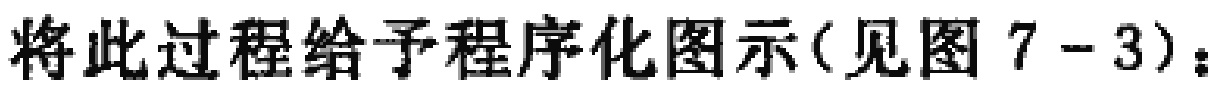
将此过程给予程序化图示(见图 7 - 3)：